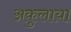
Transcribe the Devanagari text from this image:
अकुलाया